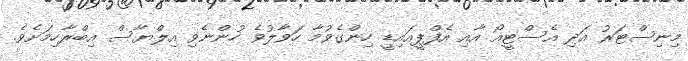
މިނިސްޓަރު އަދި އެސްޓީއޯ އާއި އެފްޕީއައިޑީ ހިންގެވުމާ ހަވާލުވެ ހުންނެވި އިލްޔާސް އިބްރާހިމަށެވެ.